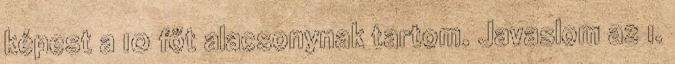
képest a 10 főt alacsonynak tartom. Javaslom az 1.